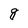
Character: g